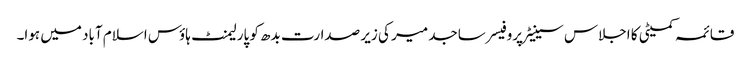
قائمہ کمیٹی کا اجلاس سینیٹر پروفیسر ساجد میر کی زیر صدارت بدھ کو پارلیمنٹ ہاؤس اسلام آباد میں ہوا۔